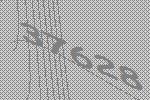
37628